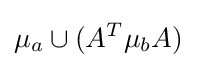
\mu _{a}\cup (A^{T}\mu _{b}A)